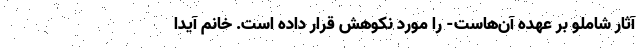
آثار شاملو بر عهده آن‌هاست- را مورد نکوهش قرار داده است. خانم آیدا